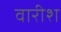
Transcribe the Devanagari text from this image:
वारीश